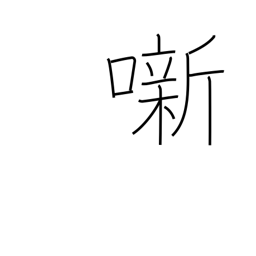
Meaning: (kokuji)